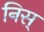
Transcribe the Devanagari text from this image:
निस्‌